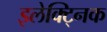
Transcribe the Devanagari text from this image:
इलेक्ट्निक